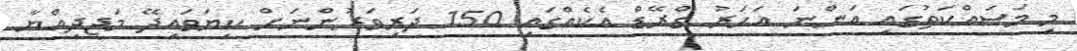
މި މަސައްކަތުގައި އަންނަ އަހަރު ގްރޭޑް އެކެއްގައި 150 ދަރިވަރުންނަށް ކިޔަވައިދޭ މަޖީދިއްޔާ